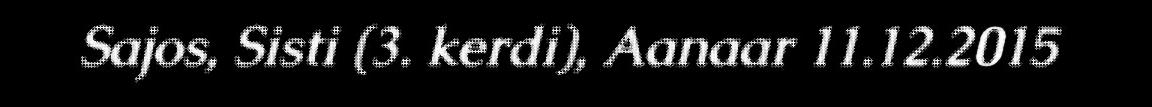
Sajos, Sisti (3. kerdi), Aanaar 11.12.2015